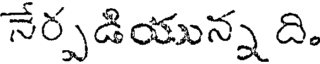
నేర్పడియున్న ది.